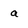
Character: a